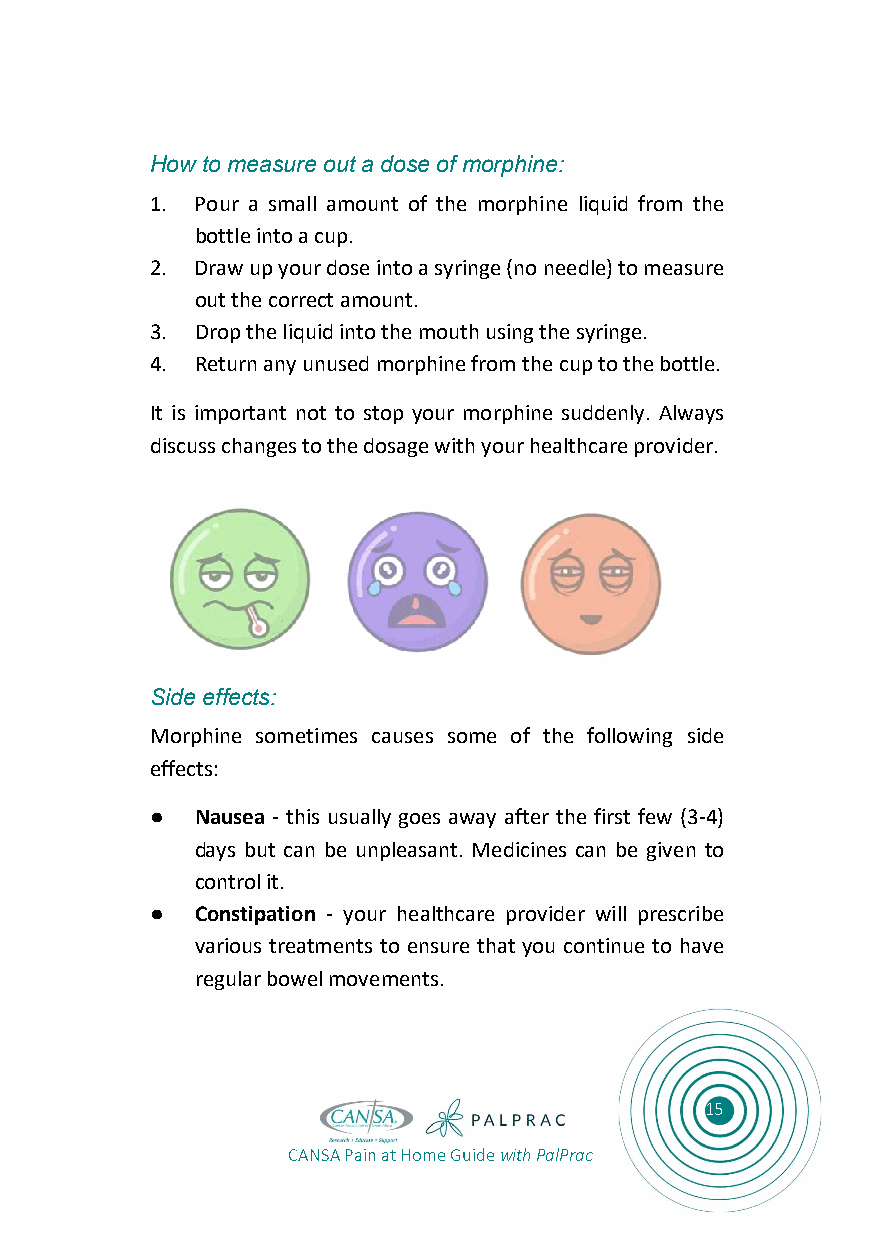
How to measure out a dose of morphine:
 1. Pour a small amount of the morphine liquid from the
 bottle into a cup.
 2. Draw up your dose into a syringe (no needle) to measure
 out the correct amount.
 3. Drop the liquid into the mouth using the syringe.
 4. Return any unused morphine from the cup to the bottle.
 It is important not to stop your morphine suddenly. Always
 discuss changes to the dosage with your healthcare provider.
 Side effects:
 Morphine sometimes causes some of the following side
 effects:
 ●  Nausea - this usually goes away after the first few (3-4)
 days but can be unpleasant. Medicines can be given to
 control it.
 ●  Constipation - your healthcare provider will prescribe
 various treatments to ensure that you continue to have
 regular bowel movements.
 15
 CANSA Pain at Home Guide with PalPrac